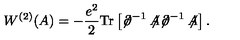
W ^ { ( 2 ) } ( A ) = - \frac { e ^ { 2 } } { 2 } \mathrm { T r } \left[ { \not \! \partial } ^ { - 1 } \not \! \! A { \not \! \partial } ^ { - 1 } \not \! \! A \right] .